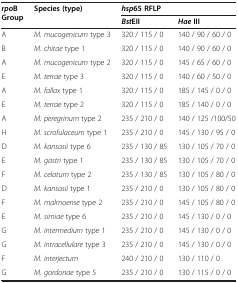
<table><thead><tr><td><b><i>rpo </i>B Group</b></td><td><b>Species (type)</b></td><td colspan="2"><b><i>hsp </i>65 RFLP</b></td></tr><tr><td><b> </b></td><td><b> </b></td><td><b><i>Bst </i>EII</b></td><td><b><i>Hae </i>III</b></td></tr></thead><tbody><tr><td>A</td><td><i>M. mucogenicum</i> type 3</td><td>320 / 115 / 0</td><td>140 / 90 / 60 / 0</td></tr><tr><td>B</td><td><i>M. chitae</i> type 1</td><td>320 / 115 / 0</td><td>140 / 90 / 60 / 0</td></tr><tr><td>A</td><td><i>M. mucogenicum</i> type 2</td><td>320 / 115 / 0</td><td>145 / 65 / 60 / 0</td></tr><tr><td>E</td><td><i>M. terrae</i> type 3</td><td>320 / 115 / 0</td><td>140 / 60 / 50 / 0</td></tr><tr><td>A</td><td><i>M. fallax</i> type 1</td><td>320 / 115 / 0</td><td>185 / 145 / 0 / 0</td></tr><tr><td>E</td><td><i>M. terrae</i> type 2</td><td>320 / 115 / 0</td><td>185 / 140 / 0 / 0</td></tr><tr><td>A</td><td><i>M. peregrinum</i> type 2</td><td>235 / 210 / 0</td><td>140 / 125 /100/50</td></tr><tr><td>H</td><td><i>M. scrofulaceum</i> type 1</td><td>235 / 210 / 0</td><td>145 / 130 / 95 / 0</td></tr><tr><td>D</td><td><i>M. kansasii</i> type 6</td><td>235 / 130 / 85</td><td>130 / 105 / 70 / 0</td></tr><tr><td>E</td><td><i>M. gastri</i> type 1</td><td>235 / 130 / 85</td><td>130 / 105 / 70 / 0</td></tr><tr><td>F</td><td><i>M. celatum</i> type 2</td><td>235 / 130 / 85</td><td>130 / 105 / 80 / 0</td></tr><tr><td>D</td><td><i>M. kansasii</i> type 1</td><td>235 / 210 / 0</td><td>130 / 105 / 80 / 0</td></tr><tr><td>F</td><td><i>M. malmoense</i> type 2</td><td>235 / 210 / 0</td><td>145 / 105 / 80 / 0</td></tr><tr><td>E</td><td><i>M. simiae</i> type 6</td><td>235 / 210 / 0</td><td>145 / 130 / 0 / 0</td></tr><tr><td>G</td><td><i>M. intermedium</i> type 1</td><td>235 / 210 / 0</td><td>145 / 130 / 0 / 0</td></tr><tr><td>G</td><td><i>M. intracellulare</i> type 3</td><td>235 / 210 / 0</td><td>145 / 130 / 0 / 0</td></tr><tr><td>F</td><td><i>M. interjectum</i></td><td>240 / 210 / 0</td><td>130 / 110 / 0</td></tr><tr><td>G</td><td><i>M. gordonae</i> type 5</td><td>235 / 210 / 0</td><td>130 / 115 / 0 / 0</td></tr></tbody></table>